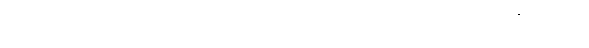
ရာမို့စ်ရဲဲ့အကောင်းဆုံးရှင်းထုတ်မှုတွေကြောင့်သာ သွင်းဂိုးမပေးခဲ့ရတာဖြစ်ပါတယ်။